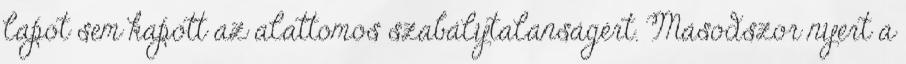
lapot sem kapott az alattomos szabálytalanságért. Másodszor nyert a